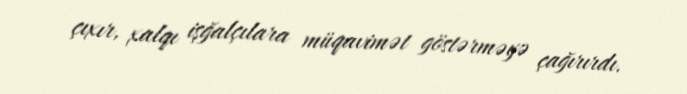
çıxır, xalqı işğalçılara müqavimət göstərməyə çağırırdı.